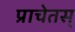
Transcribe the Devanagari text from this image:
प्राचेतस्